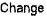
CHANGE